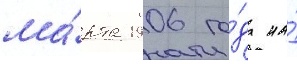
ма́рта 1906 го́да на́